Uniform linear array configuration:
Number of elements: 12
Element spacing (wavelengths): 1
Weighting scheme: hamming
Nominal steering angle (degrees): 15
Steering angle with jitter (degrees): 14.489
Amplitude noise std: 0.05
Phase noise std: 0.05

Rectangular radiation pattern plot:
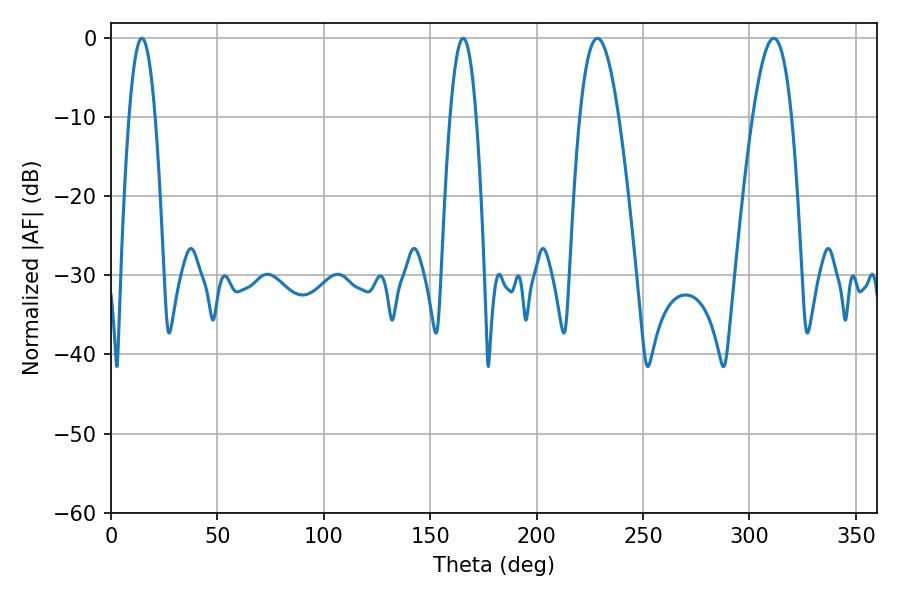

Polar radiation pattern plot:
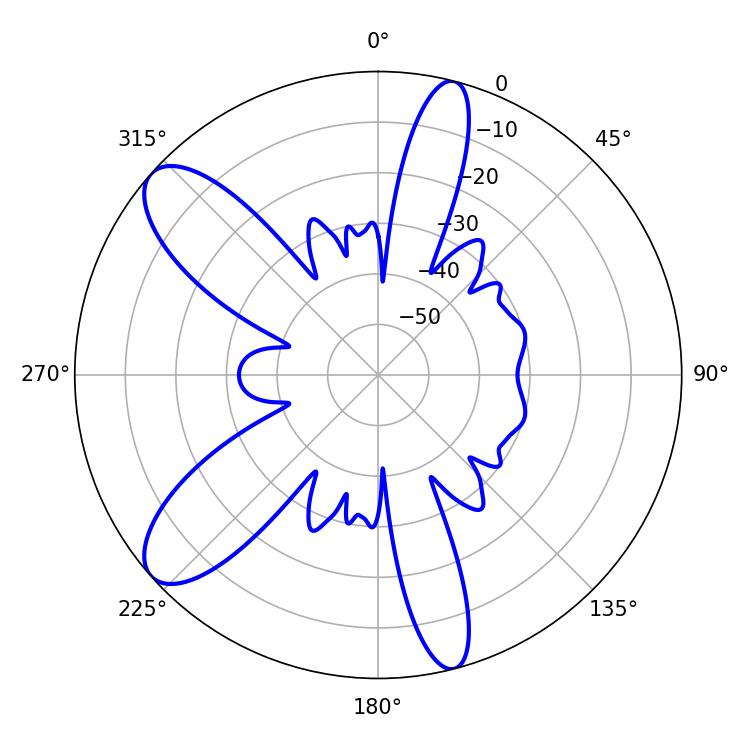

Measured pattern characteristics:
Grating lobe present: TRUE
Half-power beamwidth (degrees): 10.08
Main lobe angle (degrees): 228.6